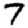
Digit: 7